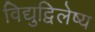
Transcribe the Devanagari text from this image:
विद्युद्विलेष्य